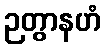
ဉတွာနဟံ